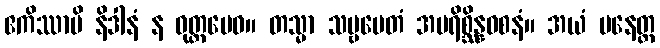
ဧကိဿာပိ နိဒါနံ န ဝုတ္တမေဝ။ တသ္မာ သဗ္ဗမေတံ အပရိစ္ဆိန္နဝစနံ။ အယံ ပနေတ္ထ